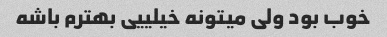
خوب بود ولی میتونه خیلییی بهترم باشه